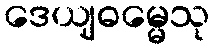
ဒေယျဓမ္မေသု